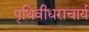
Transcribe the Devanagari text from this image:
पृथिवीधराचार्य